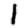
Digit: 1